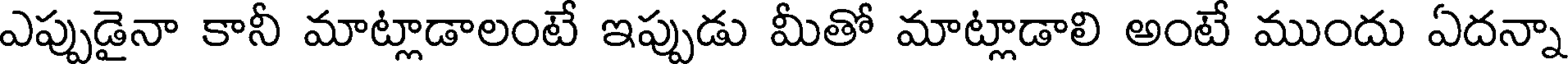
ఎప్పుడైనా కానీ మాట్లాడాలంటే ఇప్పుడు మీతో మాట్లాడాలి అంటే ముందు ఏదన్నా